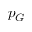
p _ { G }